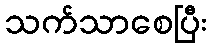
သက်သာစေပြီး